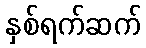
နှစ်ရက်ဆက်